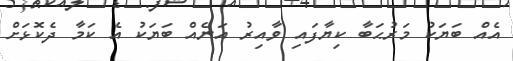
އެއް ބަޔަކު މަރުޙަބާ ކިޔާފައި ވާއިރު އަނެއް ބަޔަކު އެ ކަމާ ދެކޮޅަށް